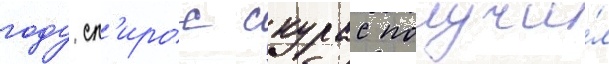
году сп'ирос скурас получи́л